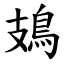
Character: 鳷